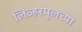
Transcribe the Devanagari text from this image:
लिव्हरपूलच्या